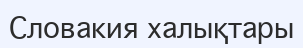
Словакия халықтары